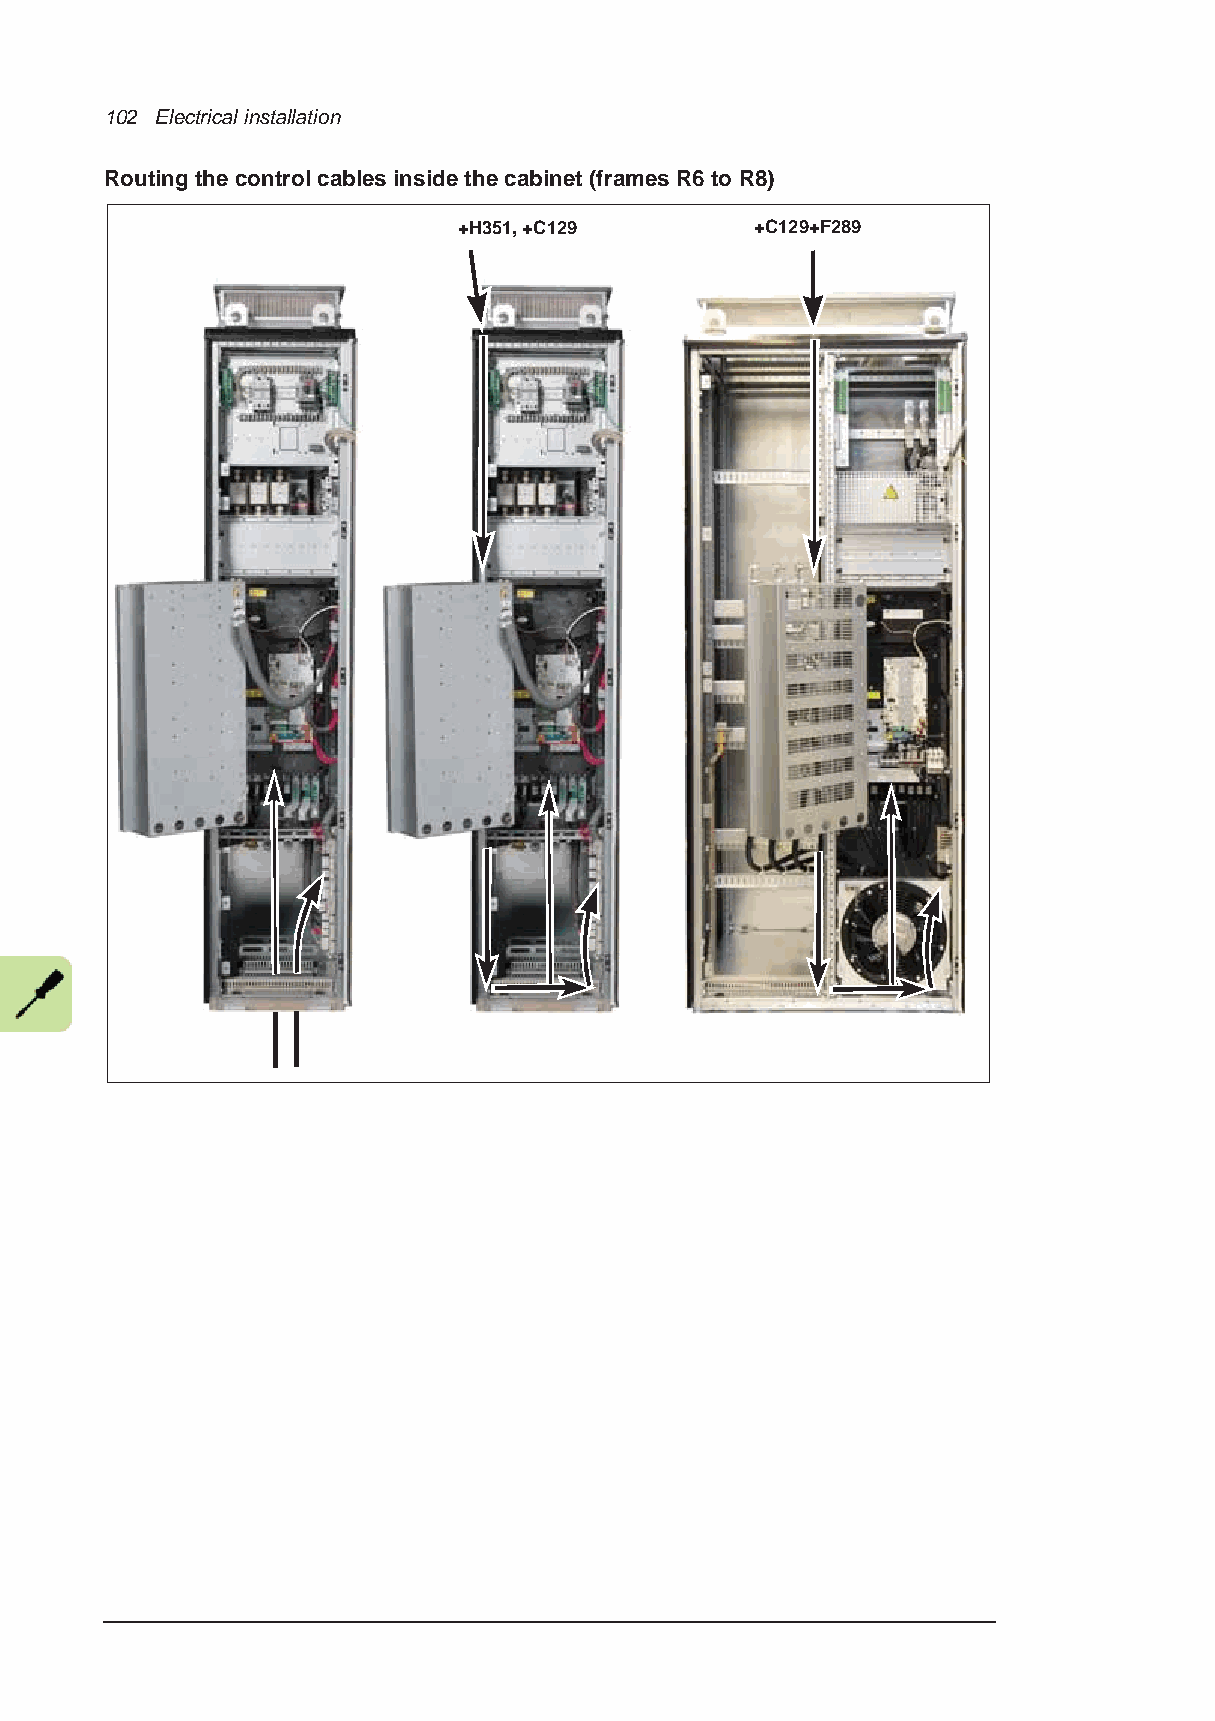
102 Electrical installation
 Routing the control cables inside the cabinet (frames R6 to R8)
 +H351, +C129        +C129+F289